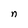
Character: n